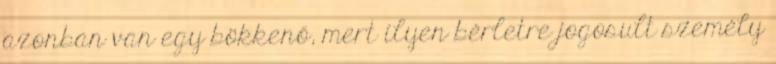
azonban van egy bökkenő, mert ilyen bérletre jogosult személy